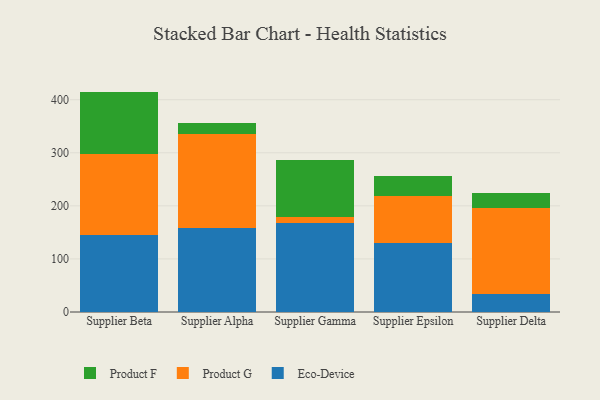
{"axis": {"x": "Supplier", "y": "Operating Costs (USD K)"}, "legend": ["Eco-Device", "Product F", "Product G"], "data": [{"x": "Supplier Beta", "y": 144.8, "type": "Eco-Device"}, {"x": "Supplier Beta", "y": 152.0, "type": "Product G"}, {"x": "Supplier Beta", "y": 118.5, "type": "Product F"}, {"x": "Supplier Alpha", "y": 157.4, "type": "Eco-Device"}, {"x": "Supplier Alpha", "y": 177.7, "type": "Product G"}, {"x": "Supplier Alpha", "y": 20.6, "type": "Product F"}, {"x": "Supplier Gamma", "y": 168.4, "type": "Eco-Device"}, {"x": "Supplier Gamma", "y": 9.7, "type": "Product G"}, {"x": "Supplier Gamma", "y": 107.4, "type": "Product F"}, {"x": "Supplier Epsilon", "y": 129.2, "type": "Eco-Device"}, {"x": "Supplier Epsilon", "y": 89.7, "type": "Product G"}, {"x": "Supplier Epsilon", "y": 37.6, "type": "Product F"}, {"x": "Supplier Delta", "y": 34.2, "type": "Eco-Device"}, {"x": "Supplier Delta", "y": 162.1, "type": "Product G"}, {"x": "Supplier Delta", "y": 28.3, "type": "Product F"}]}